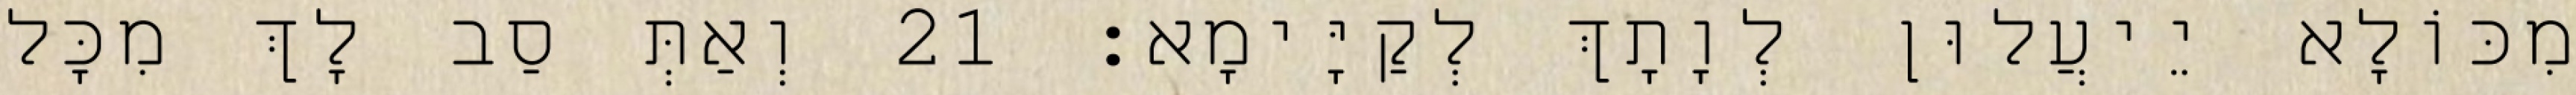
מִכּוֹלָא יֵיעֲלוּן לְוָתָךְ לְקַיָּימָא׃ 21 וְאַתְּ סַב לָךְ מִכָּל